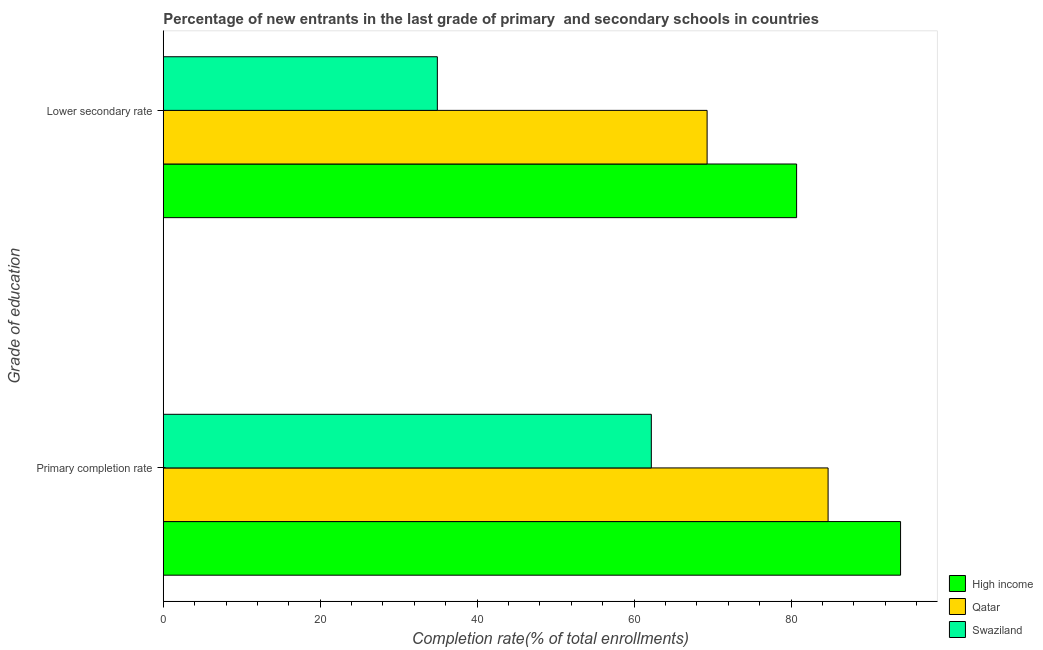
| Grade of education | High income | Qatar | Swaziland |
 | --- | --- | --- | --- |
 | Primary completion rate | 94 | 84.7 | 62.2 |
 | Lower secondary rate | 80.7 | 69.3 | 34.9 |